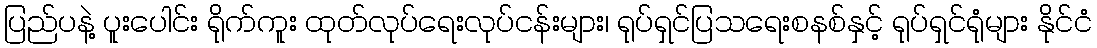
ပြည်ပနဲ့ ပူးပေါင်း ရိုက်ကူး ထုတ်လုပ်ရေးလုပ်ငန်းများ၊ ရုပ်ရှင်ပြသရေးစနစ်နှင့် ရုပ်ရှင်ရုံများ နိုင်ငံ